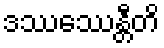
ဒဿေဿန္တီတိ